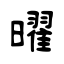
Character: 曜